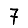
Digit: 7